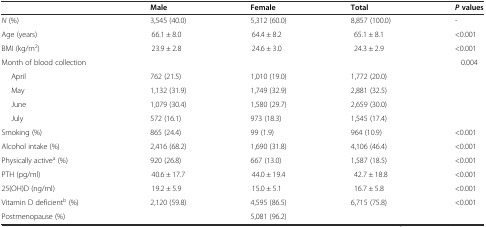
<table><thead><tr><td></td><td><b>Male</b></td><td><b>Female</b></td><td><b>Total</b></td><td><b><i>P</i>values</b></td></tr></thead><tbody><tr><td><i>N</i> (%)</td><td>3,545 (40.0)</td><td>5,312 (60.0)</td><td>8,857 (100.0)</td><td>-</td></tr><tr><td>Age (years)</td><td>66.1 ± 8.0</td><td>64.4 ± 8.2</td><td>65.1 ± 8.1</td><td>&lt;0.001</td></tr><tr><td>BMI (kg/m<sup>2</sup>)</td><td>23.9 ± 2.8</td><td>24.6 ± 3.0</td><td>24.3 ± 2.9</td><td>&lt;0.001</td></tr><tr><td>Month of blood collection</td><td></td><td></td><td></td><td>0.004</td></tr><tr><td>April</td><td>762 (21.5)</td><td>1,010 (19.0)</td><td>1,772 (20.0)</td><td></td></tr><tr><td>May</td><td>1,132 (31.9)</td><td>1,749 (32.9)</td><td>2,881 (32.5)</td><td></td></tr><tr><td>June</td><td>1,079 (30.4)</td><td>1,580 (29.7)</td><td>2,659 (30.0)</td><td></td></tr><tr><td>July</td><td>572 (16.1)</td><td>973 (18.3)</td><td>1,545 (17.4)</td><td></td></tr><tr><td>Smoking (%)</td><td>865 (24.4)</td><td>99 (1.9)</td><td>964 (10.9)</td><td>&lt;0.001</td></tr><tr><td>Alcohol intake (%)</td><td>2,416 (68.2)</td><td>1,690 (31.8)</td><td>4,106 (46.4)</td><td>&lt;0.001</td></tr><tr><td>Physically active<sup>a</sup> (%)</td><td>920 (26.8)</td><td>667 (13.0)</td><td>1,587 (18.5)</td><td>&lt;0.001</td></tr><tr><td>PTH (pg/ml)</td><td>40.6 ± 17.7</td><td>44.0 ± 19.4</td><td>42.7 ± 18.8</td><td>&lt;0.001</td></tr><tr><td>25(OH)D (ng/ml)</td><td>19.2 ± 5.9</td><td>15.0 ± 5.1</td><td>16.7 ± 5.8</td><td>&lt;0.001</td></tr><tr><td>Vitamin D deficient<sup>b</sup> (%)</td><td>2,120 (59.8)</td><td>4,595 (86.5)</td><td>6,715 (75.8)</td><td>&lt;0.001</td></tr><tr><td>Postmenopause (%)</td><td></td><td>5,081 (96.2)</td><td></td><td></td></tr></tbody></table>